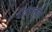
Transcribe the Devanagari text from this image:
वीजचलीत